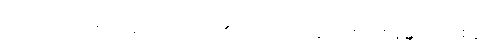
သော။ ဝိညာဏံ၊ သည်။ တိဋ္ဌတိ၊ ၏။ ဒိဋ္ဌိသလ္လေန၊ ကြောင့်။ နန္ဒူပသေစနံ၊